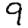
Digit: 9